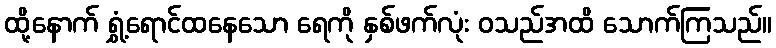
ထို့နောက် ရွှံ့ရောင်ထနေသော ရေကို နှစ်ဖက်လုံး ဝသည်အထိ သောက်ကြသည်။